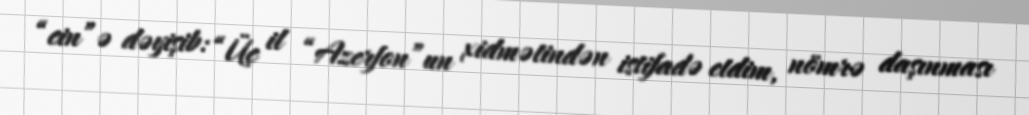
“cin”ə dəyişib: “Üç il “Azerfon”un xidmətindən istifadə etdim, nömrə daşınması